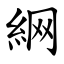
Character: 䋞